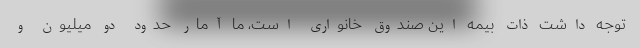
توجه داشت ذات بیمه این صندوق خانواری است، ما آمار حدود دو میلیون و